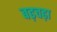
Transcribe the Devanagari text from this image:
बढ़चढ़ा